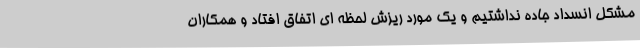
مشکل انسداد جاده نداشتیم و یک مورد ریزش لحظه ای اتفاق افتاد و همکاران